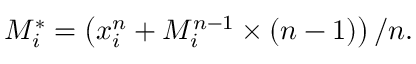
M _ { i } ^ { * } = \left( x _ { i } ^ { n } + M _ { i } ^ { n - 1 } \times \left( n - 1 \right) \right) / n .